Inquiry into the circumstances attending an outbreak of cholera in H. M.'s 18th Hussars at Secunderabad in the month of May
Year: 1871
Disease focus: Cholera
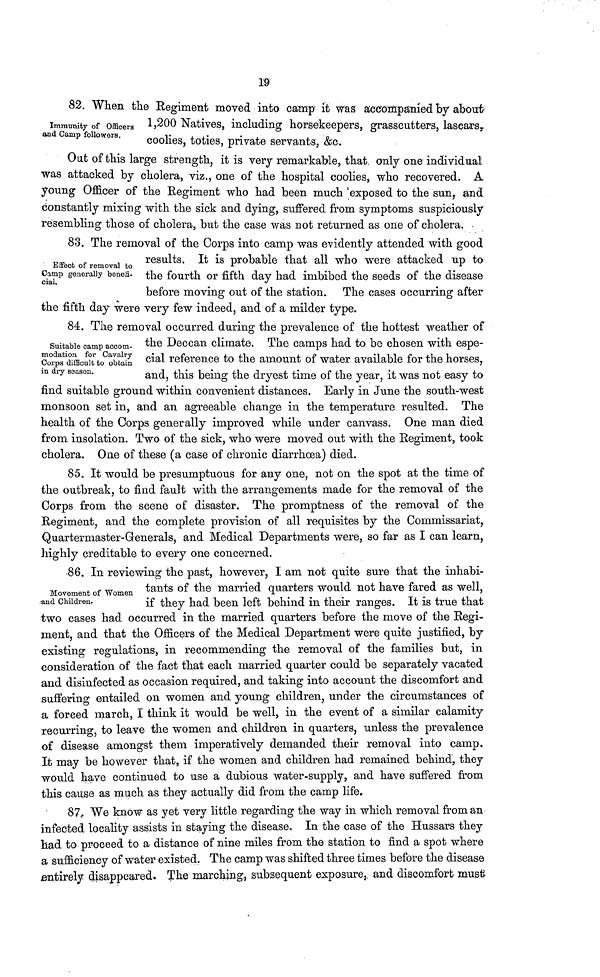
19
82. When the Regiment moved into camp it was accompanied by about
Immunity of officers
and
Camp
followers.
1200
Natives, including horsekeepers, grasscutters, lascars,
coolies, toties, private servants, &o.
Out of this large strength, it is very remarkable, that only one individual
was attacked by cholera, viz., one of the hospital coolies, who recovered. A
young Officer of the Regiment who had been much exposed to the sun, and
constantly mixing with the sick and dying, suffered from symptoms suspiciously
resembling those of cholera, but the case was not returned as one of cholera.
83. The removal of the Corps into camp was evidently attended with good
Effect of removal to
camp
generally
benefi-
cial.
results. It is probable that all who were attacked up to
the
fourth or fifth day had imbibed the seeds of the disease
before moving out of the station. The cases occurring after
the fifth day were very few indeed, and of a milder type.
84. The removal occurred during the prevalence of the hottest weather of
Suitable camp accom-
modation
for
Cavalry
in
dry
season
the
Deccan climate. The camps had to be chosen with espe-
cial reference to the amount of water available for the horses,
and,
this
being
the
dryest time of the year, it was not easy to
find suitable ground within convenient distances. Early in June the south-west
monsoon set in, and an agreeable change in the temperature resulted. The
health of the Corps generally improved while under canvass. One man died
from insolation. Two of the sick, who were moved out with the Regiment, took
cholera. One of these (a case of chronic diarrhoœa) died.
85. It would be presumptuous for any one, not on the spot at the time of
the outbreak, to find fault with the arrangements made for the removal of the
Corps from the scene of disaster. The promptness of the removal of the
Regiment, and the complete provision of all requisites by the Commissariat,
Quartermaster-Generals, and Medical Departments were, so far as I can learn,
highly creditable to every one concerned.
86. In reviewing the past, however, I am not quite sure that the inhabi-
Movement of Women
and
children.
tants of the married quarters would not have fared as well,
if
they had been left behind in their ranges. It is true that
two cases had occurred in the married quarters before the move of the Regi-
ment, and that the Officers of the Medical Department were quite justified, by
existing regulations, in recommending the removal of the families but, in
consideration of the fact that each married quarter could be separately vacated
and disinfected as occasion required, and taking into account the discomfort and
suffering entailed on women and young children, under the circumstances of
a forced march, I think it would be well, in the event of a similar calamity
recurring, to leave the women and children in quarters, unless the prevalence
of disease amongst them imperatively demanded their removal into camp.
It may be however that, if the women and children had remained behind, they
would have continued to use a dubious water-supply, and have suffered from
this cause as much as they actually did from the camp life.
87. We know as yet very little regarding the way in which removal from an
infected locality assists in staying the disease. In the case of the Hussars they
had to proceed to a distance of nine miles from the station to find a spot where
a sufficiency of water existed. The camp was shifted three times before the disease
entirely disappeared. The marching, subsequent exposure, and discomfort must